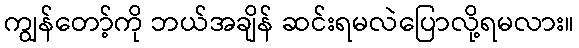
ကျွန်တော့်ကို ဘယ်အချိန် ဆင်းရမလဲပြောလို့ရမလား။